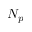
N _ { p }